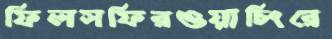
ফিলসফিরওয়াচিংরে